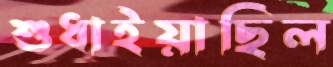
শুধাইয়াছিল